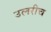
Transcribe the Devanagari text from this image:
उलरीच